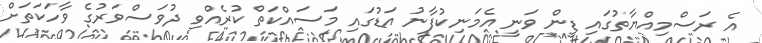
އެ ރަސްމިއްޔާތުގައި ޑީން ވަނީ އެމަނިކުފާނު އަޑުގައި މަސައްކަތް ކުރެއްވި ދުވަސްވަރުގެ ވާހަކަތަށް